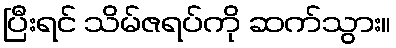
ပြီးရင် သိမ်ဇရပ်ကို ဆက်သွား။